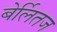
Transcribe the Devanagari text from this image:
बेर्लितज